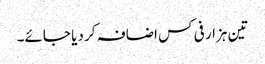
تین ہزار فی کس اضافہ کر دیا جائے۔